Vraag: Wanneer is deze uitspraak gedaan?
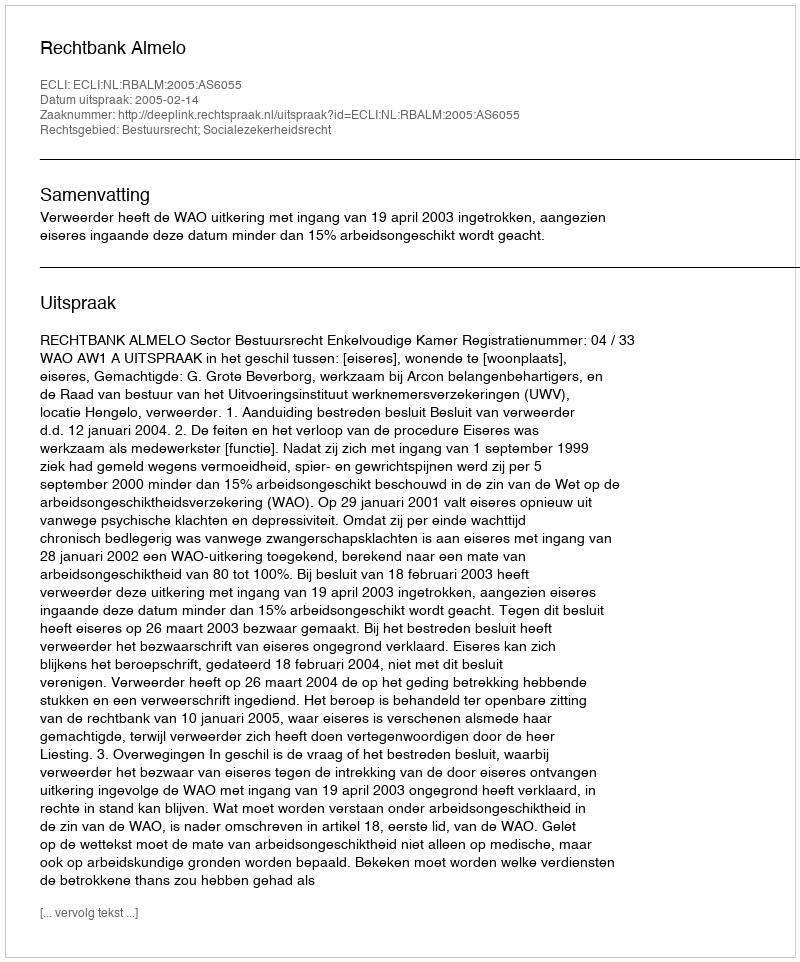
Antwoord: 2005-02-14